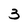
Character: 3